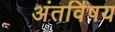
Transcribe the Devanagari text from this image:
अंतर्विषय